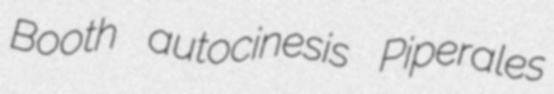
Booth autocinesis Piperales